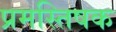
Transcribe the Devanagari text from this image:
प्रमस्तिषक